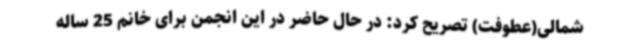
شمالی(عطوفت) تصریح کرد: در حال حاضر در این انجمن برای خانم 25 ساله